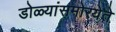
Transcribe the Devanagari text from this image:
डोळ्यांसमोरयेते